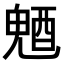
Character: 𨡛